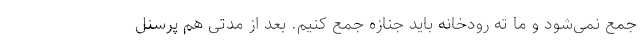
جمع نمی‌شود و ما ته رودخانه باید جنازه جمع کنیم. بعد از مدتی هم پرسنل